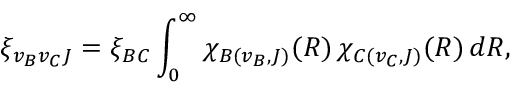
\ensuremath { \xi } _ { v _ { B } v _ { C } J } = \ensuremath { \xi } _ { B C } \int _ { 0 } ^ { \infty } \ensuremath { \chi } _ { B ( v _ { B } , J ) } ( R ) \, \ensuremath { \chi } _ { C ( v _ { C } , J ) } ( R ) \, d R ,